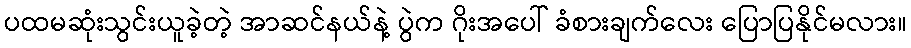
ပထမဆုံးသွင်းယူခဲ့တဲ့ အာဆင်နယ်နဲ့ ပွဲက ဂိုးအပေါ် ခံစားချက်လေး ပြောပြနိုင်မလား။